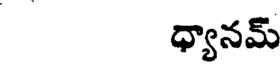
ధ్యానమ్